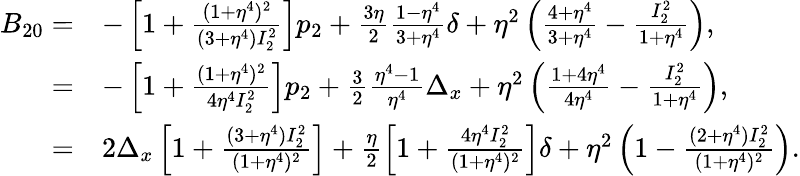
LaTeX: \begin{array}{rl}{B_{20}=}&{-\left[1+\frac{(1+\eta^{4})^{2}}{(3+\eta^{4})I_{2}^{2}}\right]p_{2}+\frac{3\eta}{2}\frac{1-\eta^{4}}{3+\eta^{4}}\delta+\eta^{2}\left(\frac{4+\eta^{4}}{3+\eta^{4}}-\frac{I_{2}^{2}}{1+\eta^{4}}\right),}\\ {=}&{-\left[1+\frac{(1+\eta^{4})^{2}}{4\eta^{4}I_{2}^{2}}\right]p_{2}+\frac{3}{2}\frac{\eta^{4}-1}{\eta^{4}}\Delta_{x}+\eta^{2}\left(\frac{1+4\eta^{4}}{4\eta^{4}}-\frac{I_{2}^{2}}{1+\eta^{4}}\right),}\\ {=}&{2\Delta_{x}\left[1+\frac{(3+\eta^{4})I_{2}^{2}}{(1+\eta^{4})^{2}}\right]+\frac{\eta}{2}\left[1+\frac{4\eta^{4}I_{2}^{2}}{(1+\eta^{4})^{2}}\right]\delta+\eta^{2}\left(1-\frac{(2+\eta^{4})I_{2}^{2}}{(1+\eta^{4})^{2}}\right).}\end{array}